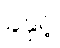
ခဲနှင့်